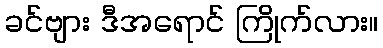
ခင်ဗျား ဒီအရောင် ကြိုက်လား။